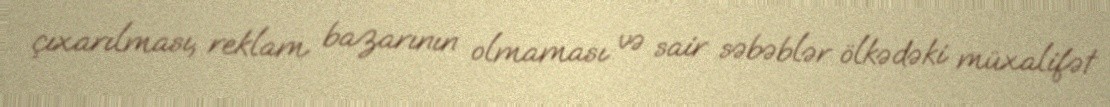
çıxarılması, reklam bazarının olmaması və sair səbəblər ölkədəki müxalifət